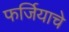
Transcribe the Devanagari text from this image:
फर्जियाचे